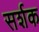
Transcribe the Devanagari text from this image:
सर्शक